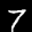
Label: 7